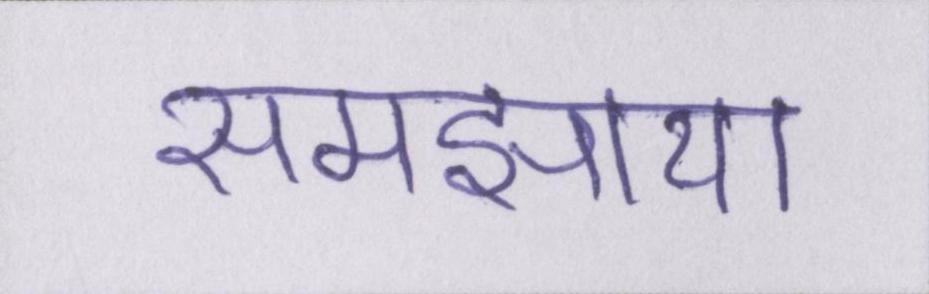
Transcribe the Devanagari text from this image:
समझाया